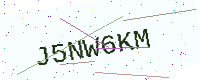
Text: J5NW6KM